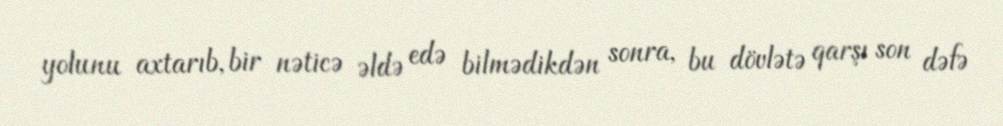
yolunu axtarıb, bir nəticə əldə edə bilmədikdən sonra, bu dövlətə qarşı son dəfə